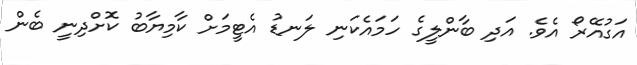
އަގުއޭރޯ އެވެ. އަދި ބާންލީގެ ހަމައެކަނި ލަނޑު އެޓީމަށް ކާމިޔާބު ކޮށްދިނީ ބެން